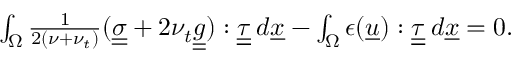
\begin{array} { r } { \int _ { \Omega } \frac { 1 } { 2 ( \nu + \nu _ { t } ) } ( \underline { { \underline { { \sigma } } } } + 2 \nu _ { t } \underline { { \underline { { g } } } } ) : \underline { { \underline { { \tau } } } } \: d \underline { { x } } - \int _ { \Omega } \epsilon ( \underline { { u } } ) : \underline { { \underline { { \tau } } } } \: d \underline { { x } } = 0 . } \end{array}